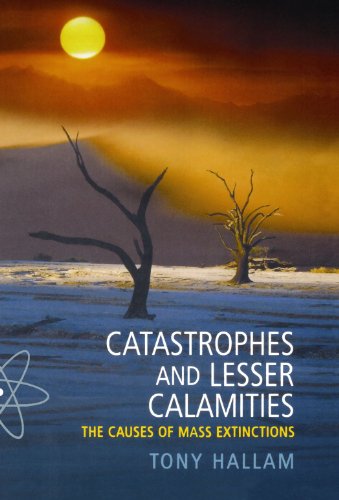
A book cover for Catastrophes and Lesser Calamities: The Causes of Mass Extinctions; Tony Hallam; Sports & Outdoors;